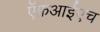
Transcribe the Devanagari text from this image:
ऍफ़आईएच